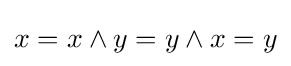
x=x\wedge y=y\wedge x=y